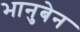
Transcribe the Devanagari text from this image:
भानुबेन